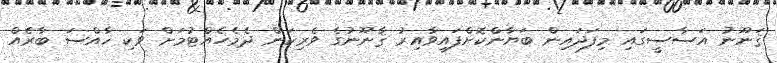
ޤަނޫނު އަސާސީގައި މިފަދައިން ބަޔާންކޮށްފައިވާއިރު ޤާނޫނުގެ ވެރިކަން ދެމެހެއްޓުމަށް ވަކި ޚާއްސަ ބާރެއް